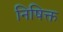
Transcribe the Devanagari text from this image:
निषिक्त